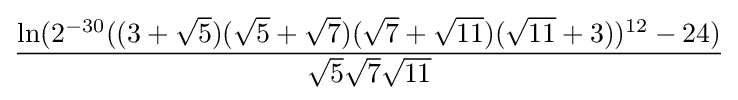
{\frac {\ln(2^{-30}((3+{\sqrt {5}})({\sqrt {5}}+{\sqrt {7}})({\sqrt {7}}+{\sqrt {11}})({\sqrt {11}}+3))^{12}-24)}{{\sqrt {5}}{\sqrt {7}}{\sqrt {11}}}}